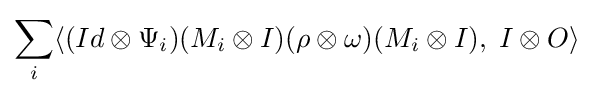
\sum _{i}\langle (Id\otimes \Psi _{i})(M_{i}\otimes I)(\rho \otimes \omega )(M_{i}\otimes I),\;I\otimes O\rangle